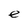
Character: e